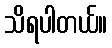
သိရပါတယ်။